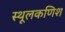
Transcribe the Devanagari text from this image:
स्थूलकणिश